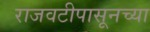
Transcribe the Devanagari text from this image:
राजवटीपासूनच्या